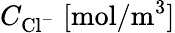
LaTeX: C_{\mathrm{Cl}^{-}}\; [\mathrm{mol}/\mathrm{m}^{3}]